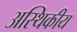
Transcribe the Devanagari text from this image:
अस्थिकीय